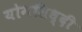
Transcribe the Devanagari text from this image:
योगसिध्दी